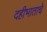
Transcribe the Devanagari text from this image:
दहीभाताचे